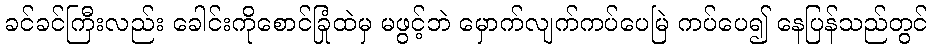
ခင်ခင်ကြီးလည်း ခေါင်းကိုစောင်ခြုံထဲမှ မဖွင့်ဘဲ မှောက်လျက်ကပ်ပေမြဲ ကပ်ပေ၍ နေပြန်သည်တွင်